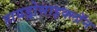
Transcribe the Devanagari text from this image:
हायड्रोसाइक्लॉन